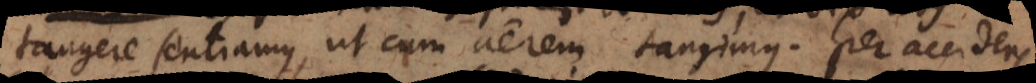
tangere sentiamus, ut cum aërem tangimus. Per accidens